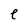
Character: e